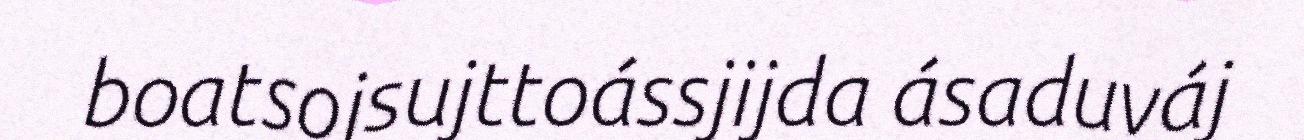
boatsojsujttoássjijda ásaduváj